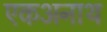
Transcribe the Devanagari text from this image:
एकअनाथ